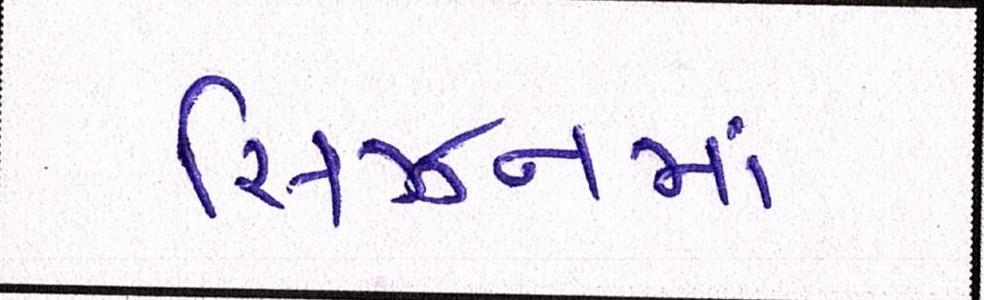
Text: સિઝનમાં